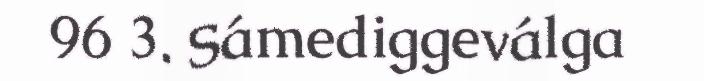
96 3. Sámediggeválga